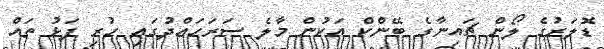
ޑޮލަރުގެ ލޯން ޗައިނާގެ ބޭންކް އަކުން މާލެ ސަރަަހައްދުގައި ހުރި ފަޅު ތައް